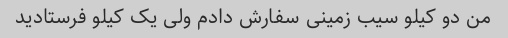
من دو کیلو سیب زمینی سفارش دادم ولی یک کیلو فرستادید